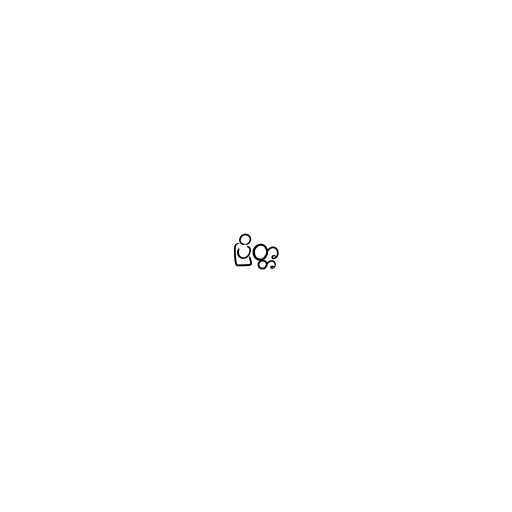
ပြိတ္တ